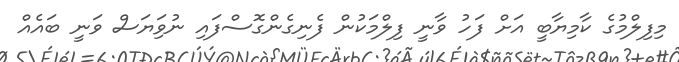
މިފިލްމުގެ ކާމިޔާބީ އަށް ފަހު ވާނީ ފިލްމަކުން ފެނިގެންގޮސްފައި ނުވަިޔަސް ވަނީ ބައެއް